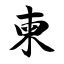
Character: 柬